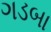
ગડબા